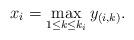
LaTeX: \begin{align*}x_i = \max_{1 \leq k \leq k_i} y_{(i,k)}.\end{align*}